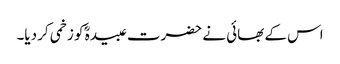
اس کے بھائی نے حضرت عبیدہؓ کو زخمی کر دیا۔